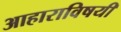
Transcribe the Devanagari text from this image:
आहाराविषयी